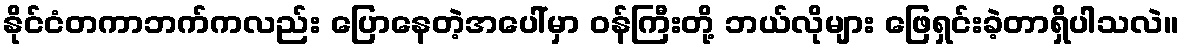
နိုင်ငံတကာဘက်ကလည်း ပြောနေတဲ့အပေါ်မှာ ဝန်ကြီးတို့ ဘယ်လိုများ ဖြေရှင်းခဲ့တာရှိပါသလဲ။